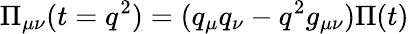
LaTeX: \Pi_{\mu\nu}(t=q^{2})=(q_{\mu}q_{\nu}-q^{2}g_{\mu\nu})\Pi(t)